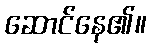
ဆောင်နေ၏။